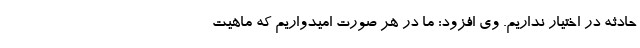
حادثه در اختیار نداریم. وی افزود: ما در هر صورت امیدواریم که ماهیت